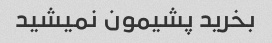
بخرید پشیمون نمیشید